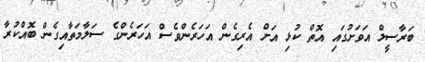
ބަރާސީލް އަވަށުގައި އޮތް ކުޅި އަށް އެރިގެން އަހަރެންވެސް އަހަރެންގެ ސަލާމަތާއިގެން ބޮއްކުރާ